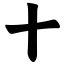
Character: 十